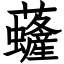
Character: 虄